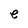
Character: e